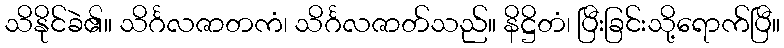
သိနိုင်ခဲ၏။ သိင်္ဂလဇာတကံ၊ သိင်္ဂလဇာတ်သည်။ နိဋ္ဌိတံ၊ ပြီးခြင်းသို့ရောက်ပြီ။